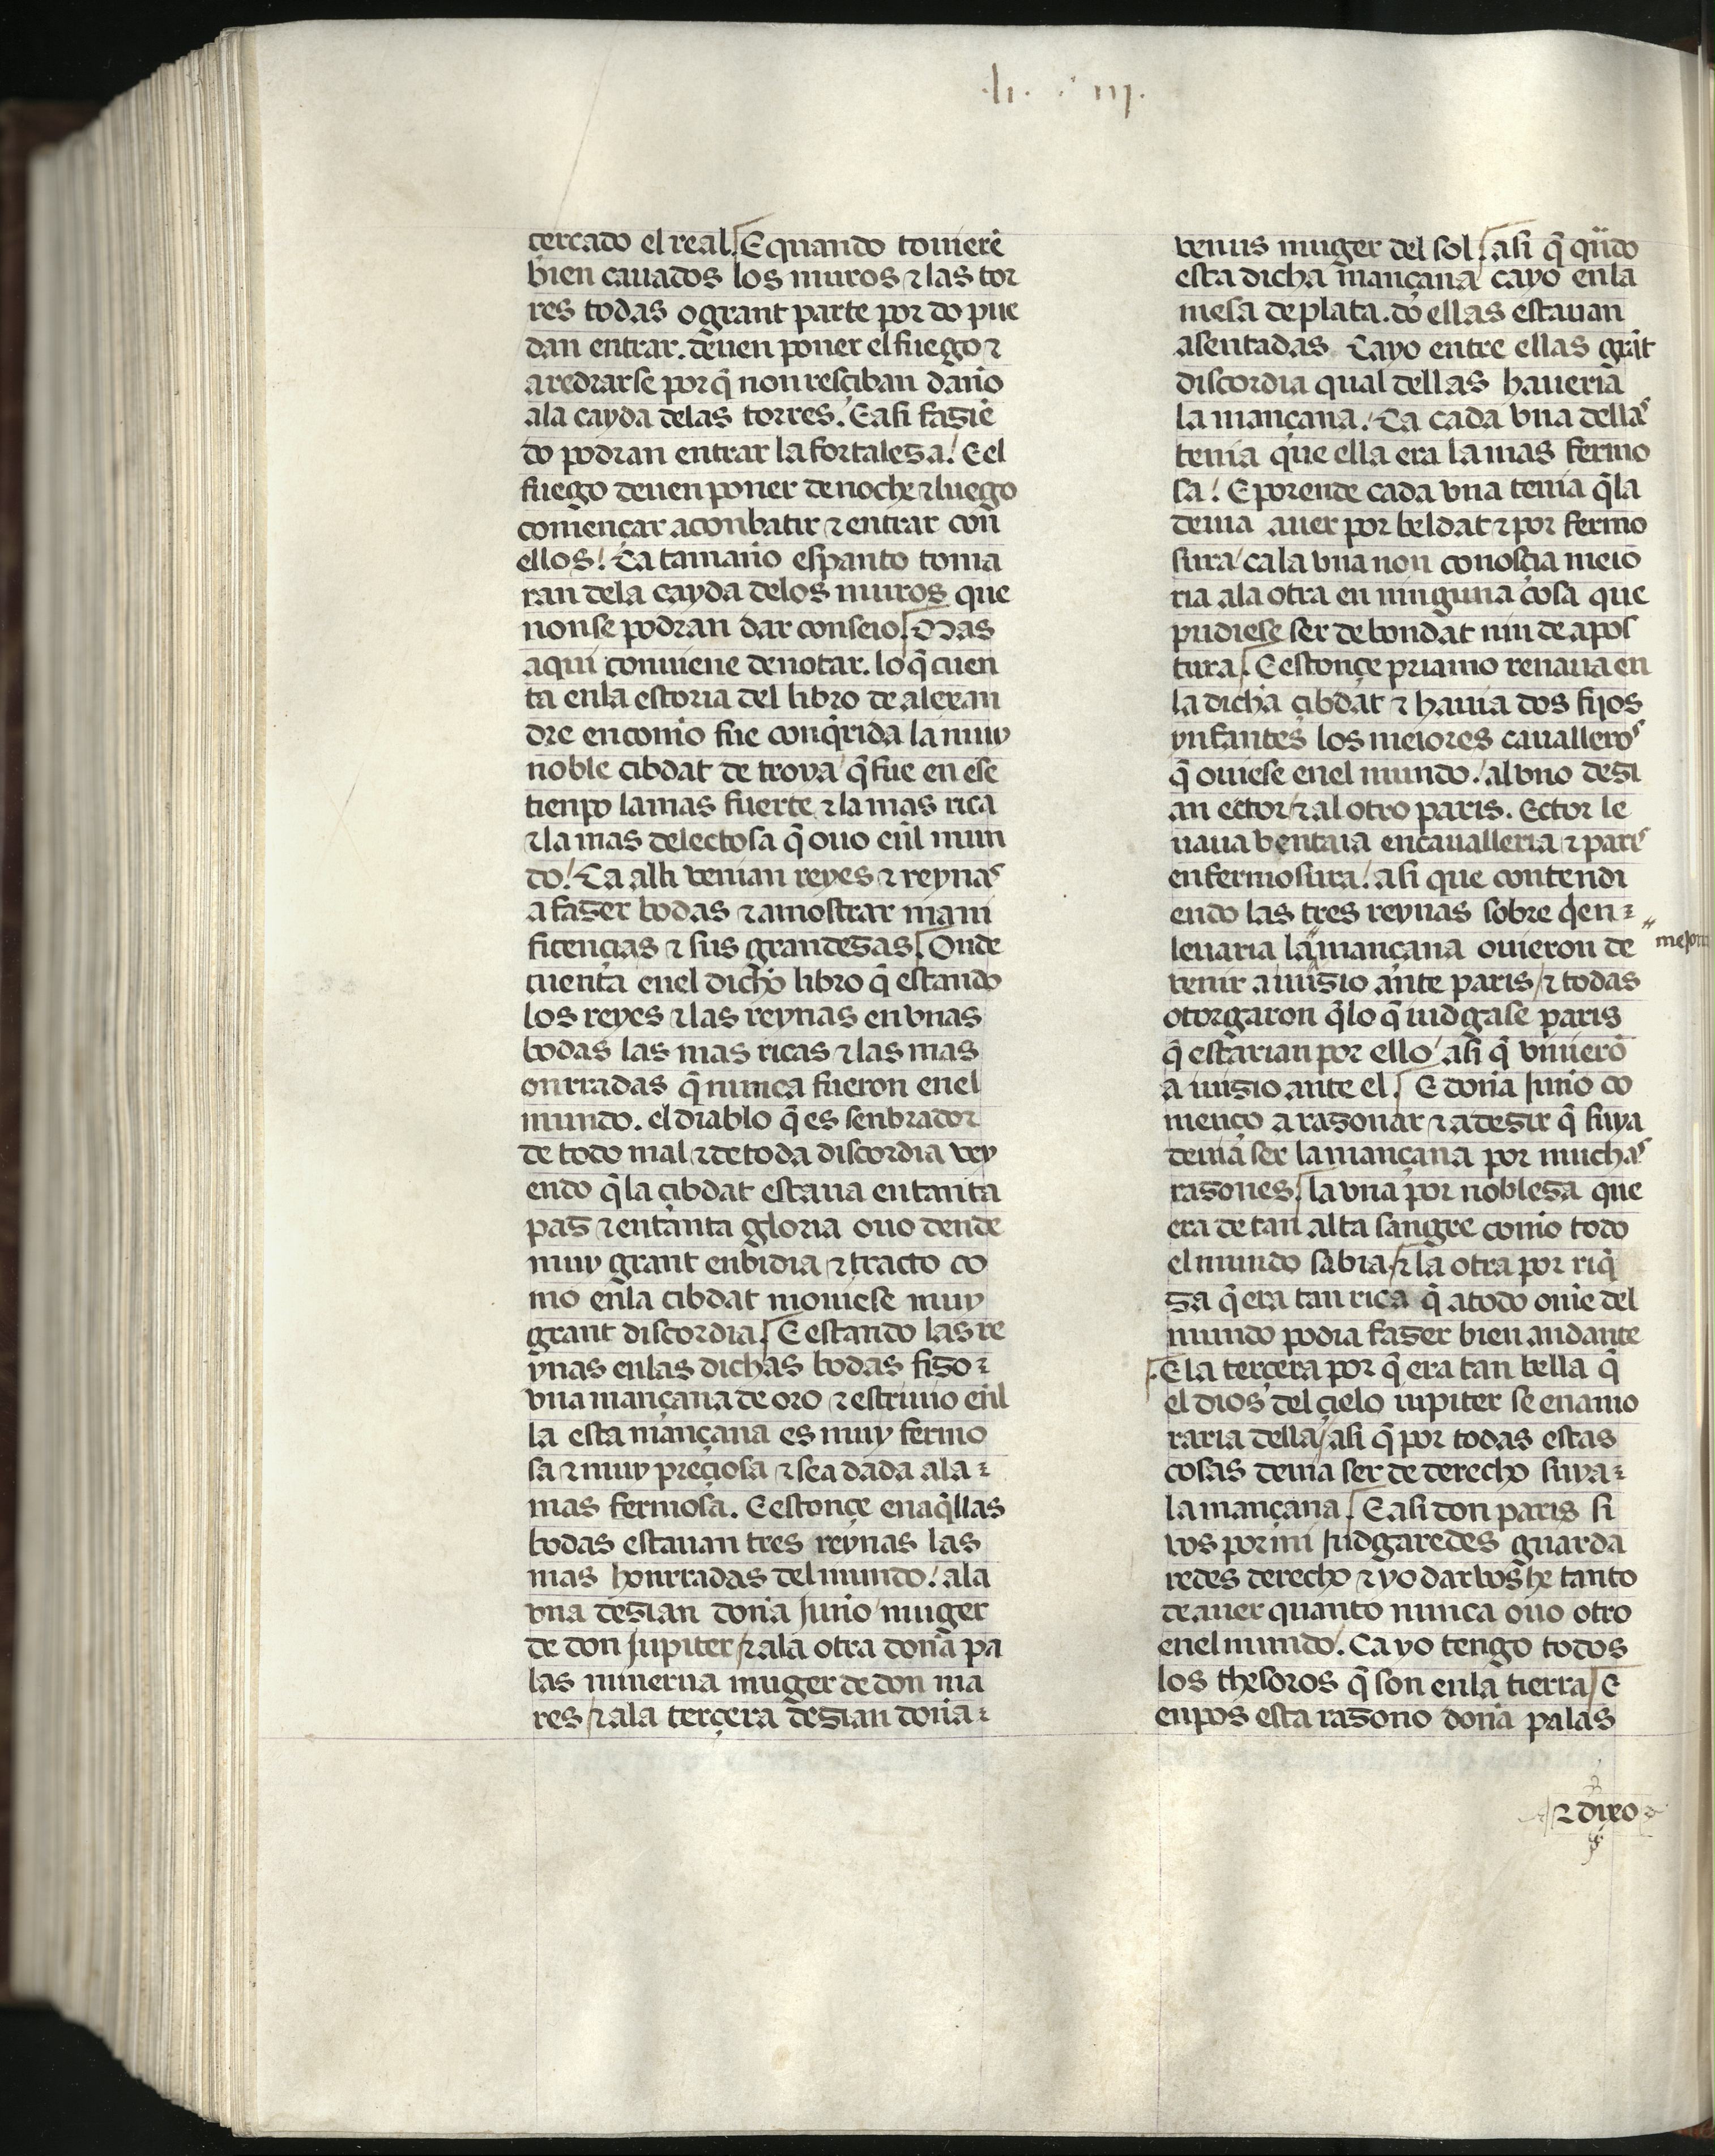
Shelfmark: Madrid, Fundación Lázaro Galdiano, mss 289
Century: 15